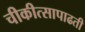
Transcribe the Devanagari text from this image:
चीकीत्सापाढती